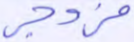
مزدجر